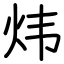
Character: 炜